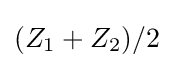
(Z_{1}+Z_{2})/2